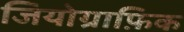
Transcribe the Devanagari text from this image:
जियोग्राफ़िक